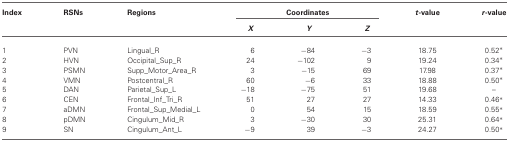
| Index | RSNs | Regions | <COLSPAN=3> Coordinates | t-value | r-value |
 |  |  |  | X | Y | Z |  |  |
 | --- | --- | --- | --- | --- | --- | --- | --- |
 | 1 | PVN | Lingual_R | 6 | −84 | −3 | 18.75 | 0.52* |
 | 2 | HVN | Occipital_Sup_R | 24 | −102 | 9 | 19.24 | 0.34* |
 | 3 | PSMN | Supp_Motor_Area_R | 3 | −15 | 69 | 17.98 | 0.37* |
 | 4 | VMN | Postcentral_R | 60 | −6 | 33 | 18.88 | 0.50* |
 | 5 | DAN | Parietal_Sup_L | −18 | −75 | 51 | 19.68 | – |
 | 6 | CEN | Frontal_Inf_Tri_R | 51 | 27 | 27 | 14.33 | 0.46* |
 | 7 | aDMN | Frontal_Sup_Medial_L | 0 | 54 | 15 | 18.59 | 0.55* |
 | 8 | pDMN | Cingulum_Mid_R | 3 | −30 | 30 | 25.31 | 0.64* |
 | 9 | SN | Cingulum_Ant_L | −9 | 39 | −3 | 24.27 | 0.50* |